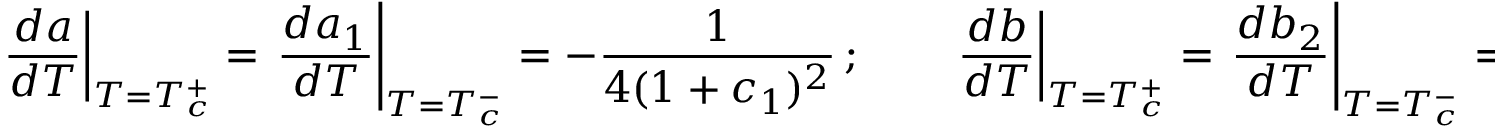
\left. \frac { d a } { d T } \right| _ { T = T _ { c } ^ { + } } = \left. \frac { d a _ { 1 } } { d T } \right| _ { T = T _ { c } ^ { - } } = - \frac { 1 } { 4 ( 1 + c _ { 1 } ) ^ { 2 } } \, ; \qquad \left. \frac { d b } { d T } \right| _ { T = T _ { c } ^ { + } } = \left. \frac { d b _ { 2 } } { d T } \right| _ { T = T _ { c } ^ { - } } = \frac { 1 } { 4 ( 1 - c _ { 1 } ) ^ { 2 } } \, ,